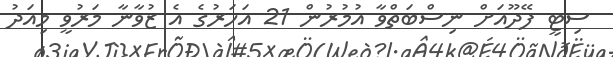
ސިޓީ ފޭދޫއަށް ނިސްބަތްވާ އުމުރުން 21 އަހަރުގެ އެ ޒުވާނާ މަރުވީ މިއަދު